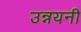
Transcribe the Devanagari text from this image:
उन्नयनी